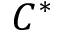
C ^ { * }